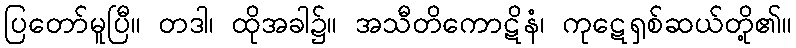
ပြတော်မူပြီ။ တဒါ၊ ထိုအခါ၌။ အသီတိကောဋိနံ၊ ကုဋေရှစ်ဆယ်တို့၏။